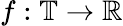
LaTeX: f:\mathbb{T}\rightarrow\mathbb{R}